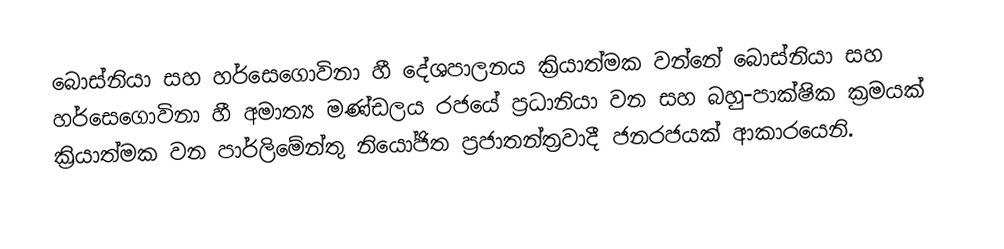
බොස්නියා සහ හර්සෙගොවිනා හී දේශපාලනය ක්‍රියාත්මක වන්නේ බොස්නියා සහ හර්සෙගොවිනා හී අමාත්‍ය මණ්ඩලය රජයේ ප්‍රධානියා වන සහ බහු-පාක්ෂික ක්‍රමයක් ක්‍රියාත්මක වන පාර්ලිමේන්තු නියෝජිත ප්‍රජාතන්ත්‍රවාදී ජනරජයක් ආකාරයෙනි.